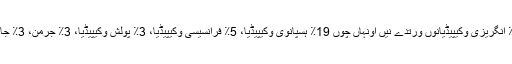
وکیپیڈیا نوں جنے لوک پڑھدے نیں اونہاں چوں 52٪ انگریزی وکیپیڈیانوں ورتدے نیں اونہاں چوں 19٪ ہسپانوی وکیپیڈیا، 5٪ فرانسیسی وکیپیڈیا، 3٪ پولش وکیپیڈیا، 3٪ جرمن، 3٪ جاپانی تے تین فیصد پرتگالی وکیپیڈیا نوں ورتدے نیں۔